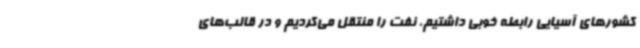
کشورهای آسیایی رابطه خوبی داشتیم، نفت را منتقل می‌کردیم و در قالب‌های